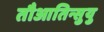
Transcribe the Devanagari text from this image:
तौआतिन्सुयु